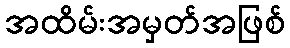
အထိမ်းအမှတ်အဖြစ်